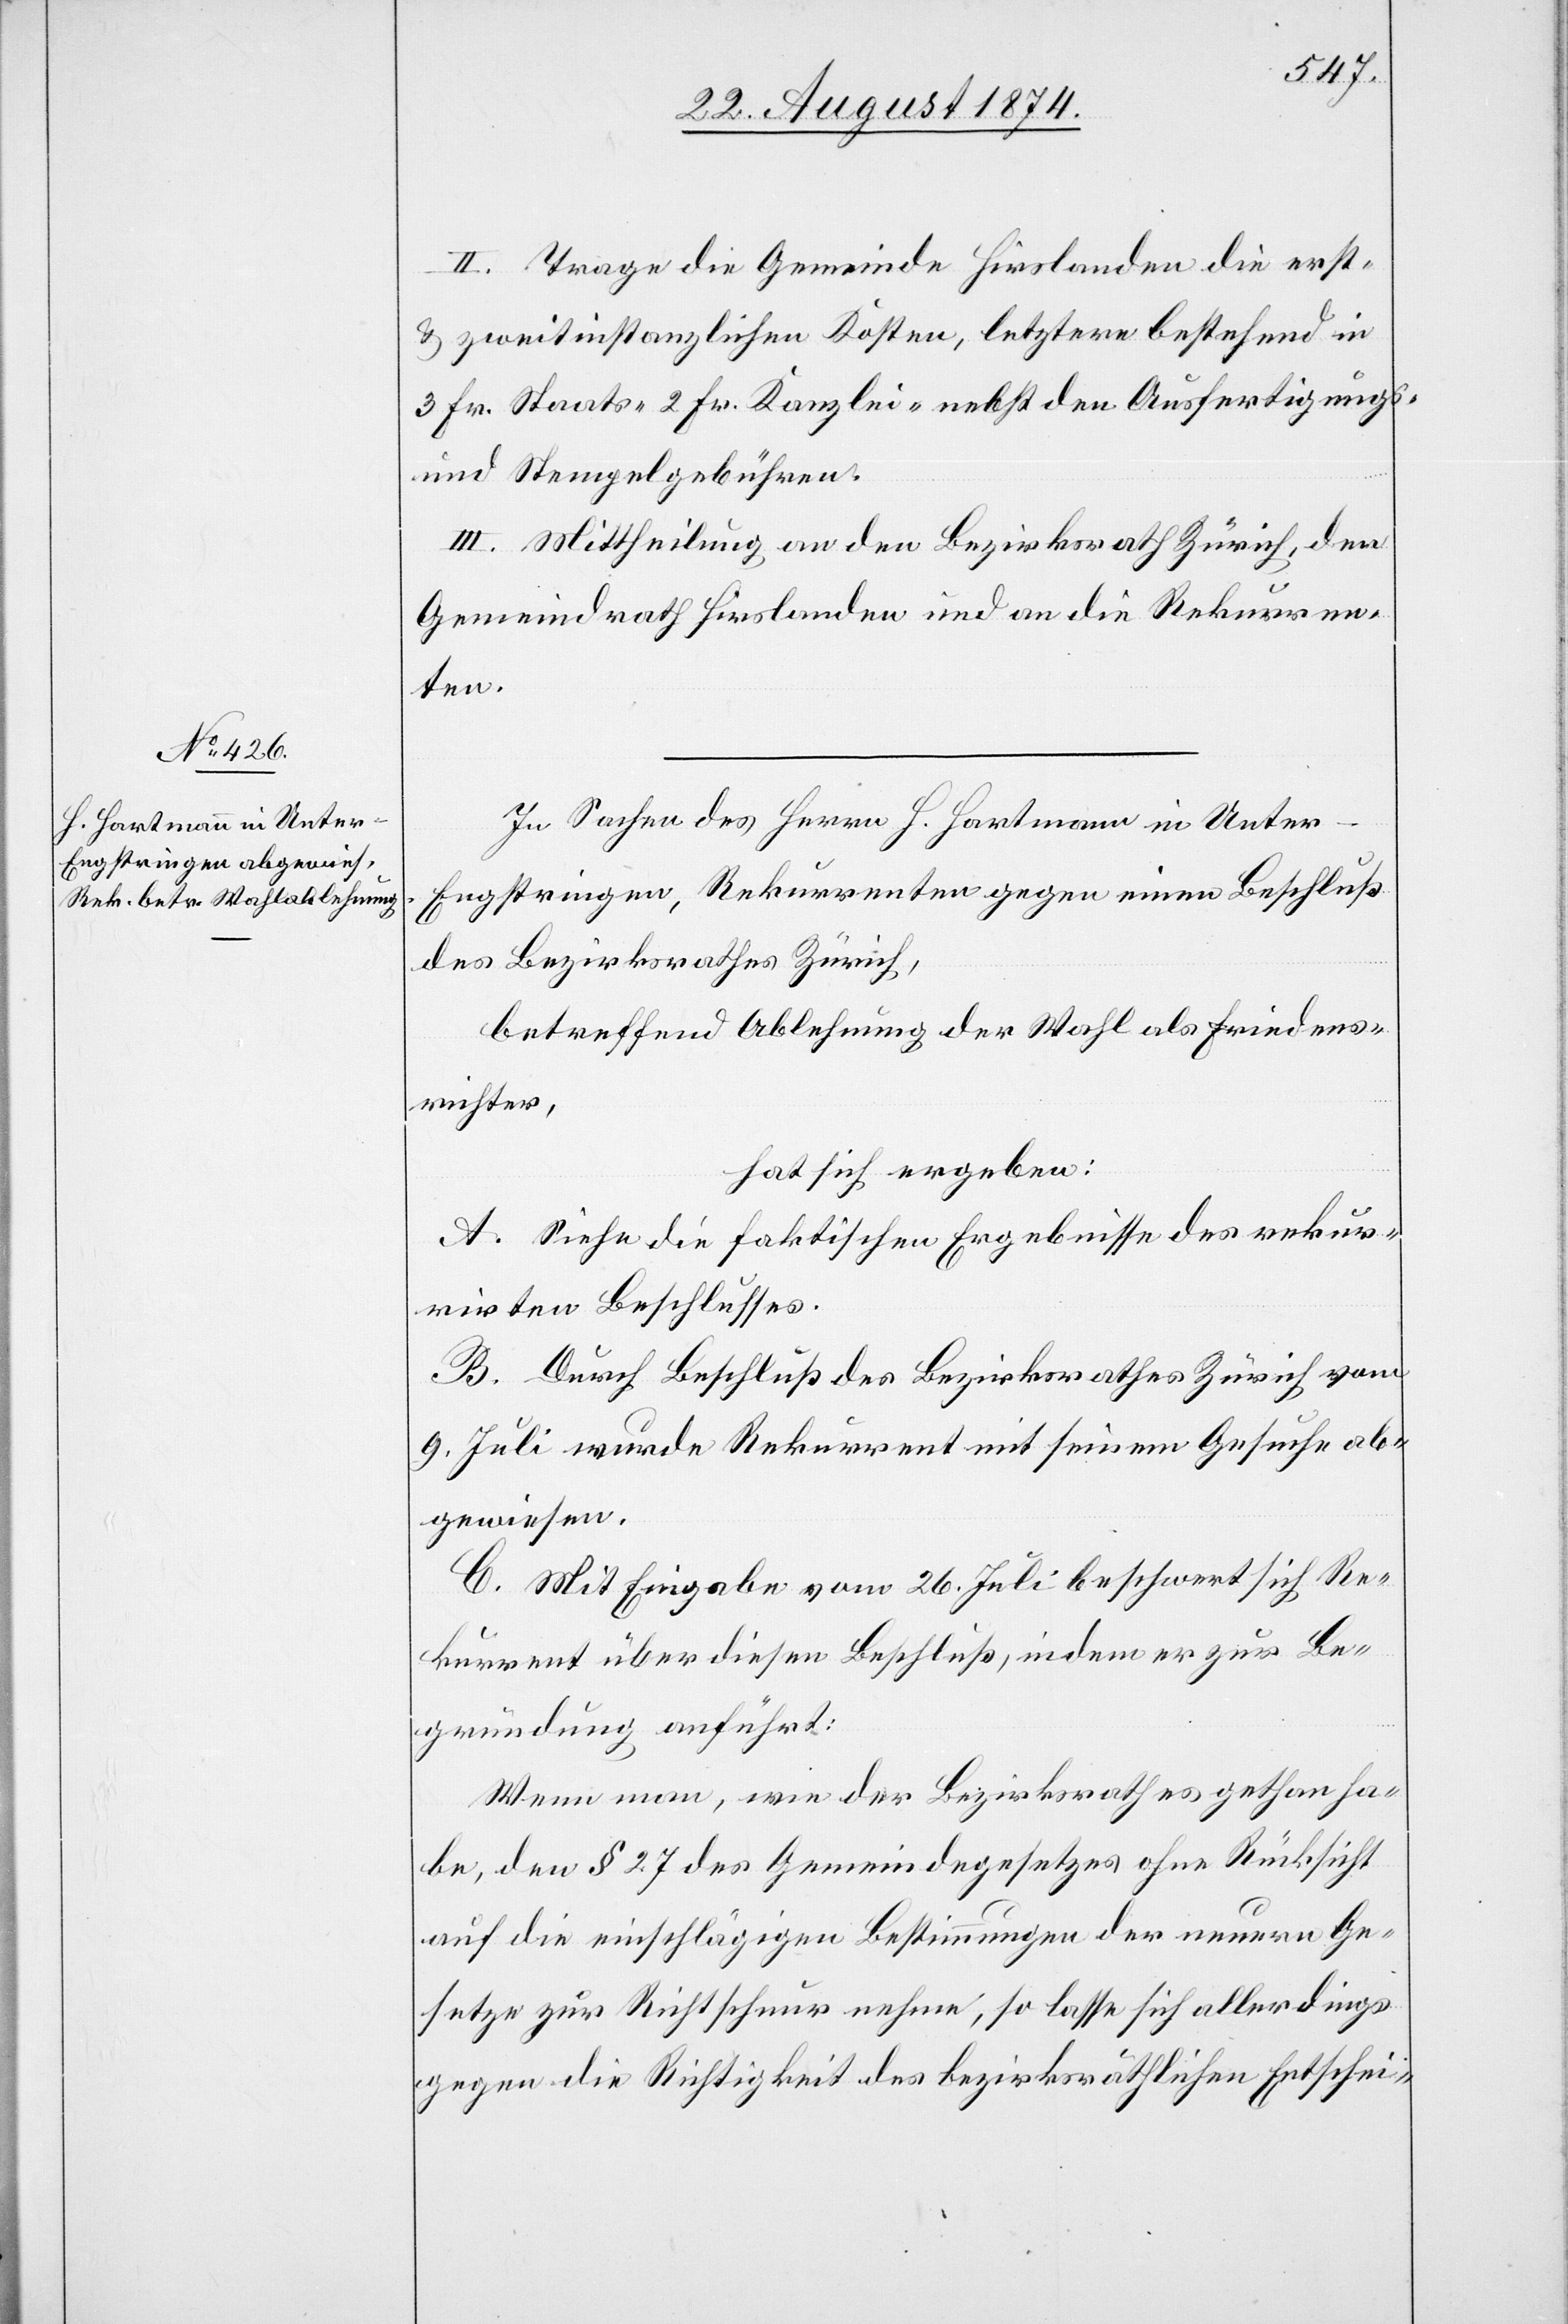
II. Trage die Gemeinde Hirslanden die erst-
u. zweitinstanzlichen Kosten, letztere bestehend in
3 Fr. Staats- [,] 2 Fr. Kanzlei- nebst den Ausfertigungs-
und Stempelgebühren.
III. Mittheilung an den Bezirksrath Zürich, den
Gemeindrath Hirslanden und an die Rekurren¬
ten.
In Sachen des Herrn H. Hartmann in Unte¬
r-Engstringen, Rekurrenten gegen einen Beschluß
des Bezirksrathes Zürich,
betreffend Ablehnung der Wahl als Friedens¬
richter,
hat sich ergeben:
A. Siehe die faktischen Ergebnisse des rekur¬
rirten Beschlusses.
B. Durch Beschluß des Bezirksrathes Zürich vom
9. Juli wurde Rekurrent mit seinem Gesuche ab¬
gewiesen.
C. Mit Eingabe vom 26. Juli beschwert sich Re¬
kurrent über diesen Beschluß, indem er zur Be¬
gründung anführt:
Wenn man, wie der Bezirksrath es gethan ha¬
be, den § 27 des Gemeindegesetzes ohne Rücksicht
auf die einschlägigen Bestimmungen der neuern Ge¬
setze zur Richtschnur nehme, so lasse sich allerdings
gegen die Richtigkeit des bezirksräthlichen Entschei-